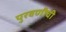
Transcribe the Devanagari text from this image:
पुरवणीची